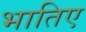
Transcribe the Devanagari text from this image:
भातिए